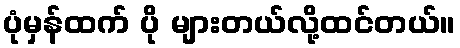
ပုံမှန်ထက် ပို များတယ်လို့ထင်တယ်။